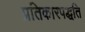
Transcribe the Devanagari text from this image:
प्रतिकारपद्धति